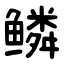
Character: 鳞